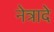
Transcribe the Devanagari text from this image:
नेत्रादे